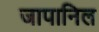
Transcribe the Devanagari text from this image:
जापानिल